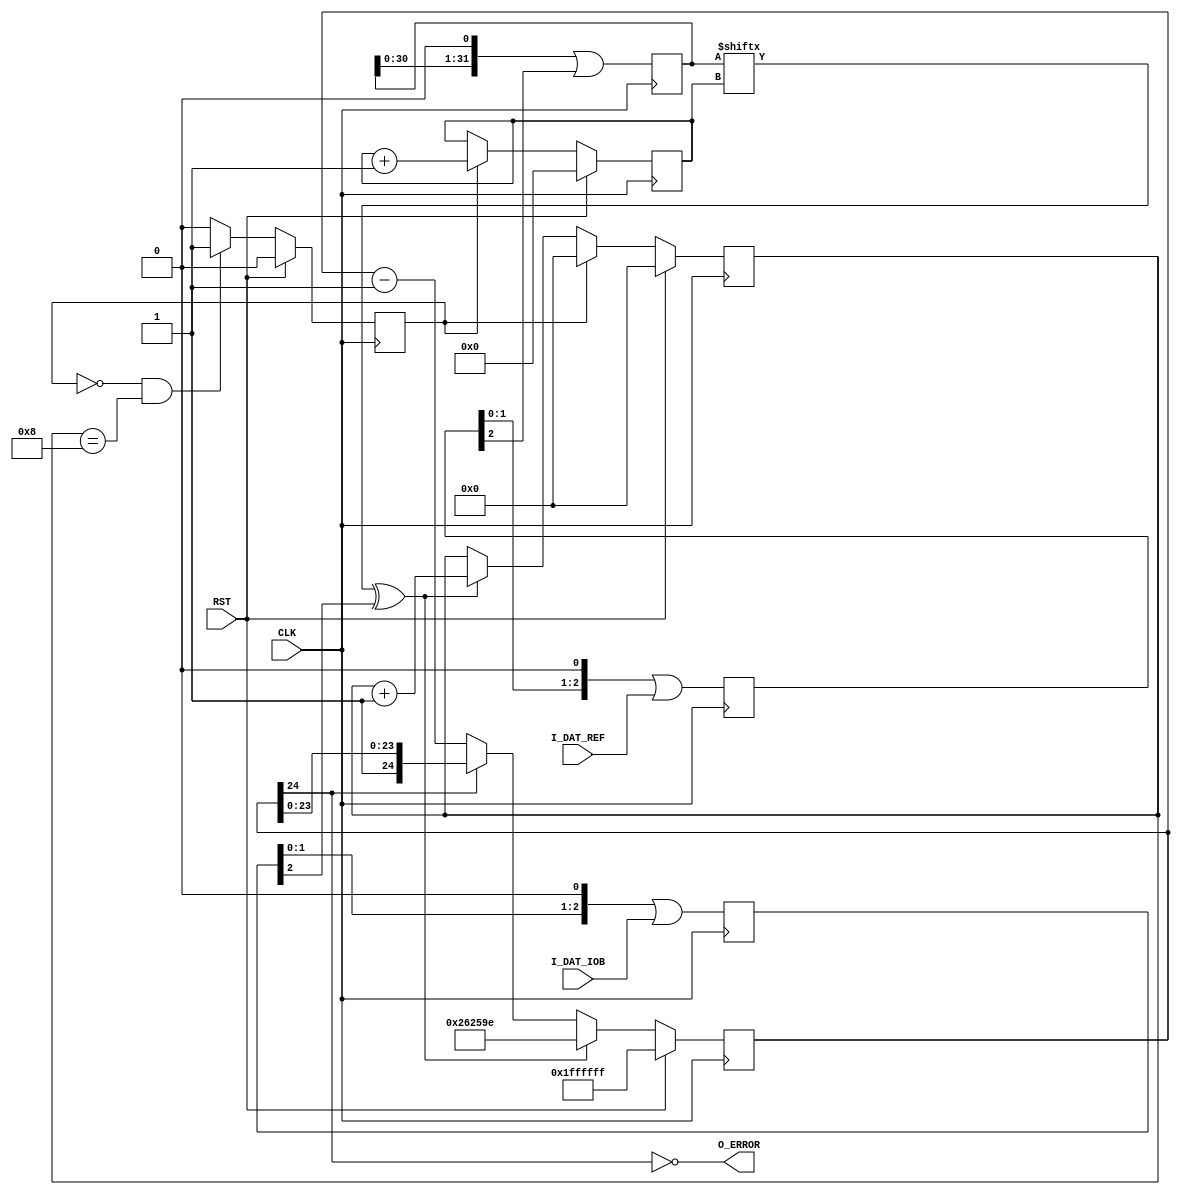
module comparator_1 #
(
parameter ERROR_COUNT = 8,
parameter ERROR_HOLD  = 2500000
)
(
input  wire CLK,
input  wire RST,
input  wire I_DAT_REF,
input  wire I_DAT_IOB,
output wire O_ERROR
);
reg [2:0] i_dat_ref_sr;
reg [2:0] i_dat_iob_sr;
always @(posedge CLK)
    i_dat_ref_sr <= (i_dat_ref_sr << 1) | I_DAT_REF;
always @(posedge CLK)
    i_dat_iob_sr <= (i_dat_iob_sr << 1) | I_DAT_IOB;
wire i_dat_ref = i_dat_ref_sr[2];
wire i_dat_iob = i_dat_iob_sr[2];
reg  [31:0] sreg;
reg  [ 4:0] sreg_sel;
wire        sreg_dat;
reg         sreg_sh;
always @(posedge CLK)
    sreg <= (sreg << 1) | i_dat_ref;
always @(posedge CLK)
    if (RST)
        sreg_sel <= 0;
    else if(sreg_sh)
        sreg_sel <= sreg_sel + 1;
assign sreg_dat = sreg[sreg_sel];
wire        cmp_err;
reg  [31:0] err_cnt;
assign cmp_err = sreg_dat ^ i_dat_iob;
always @(posedge CLK)
    if (RST)
        err_cnt <= 0;
    else if(sreg_sh)
        err_cnt <= 0;
    else if(cmp_err)
        err_cnt <= err_cnt + 1;
always @(posedge CLK)
    if (RST)
        sreg_sh <= 0;
    else if(~sreg_sh && (err_cnt == ERROR_COUNT))
        sreg_sh <= 1;
    else
        sreg_sh <= 0;
reg [24:0] o_cnt;
always @(posedge CLK)
    if (RST)
        o_cnt <= -1;
    else if (cmp_err)
        o_cnt <= ERROR_HOLD - 2;
    else if (~o_cnt[24])
        o_cnt <= o_cnt - 1;
assign O_ERROR = !o_cnt[24];
endmodule